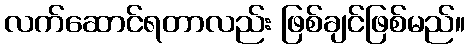
လက်ဆောင်ရတာလည်း ဖြစ်ချင်ဖြစ်မည်။